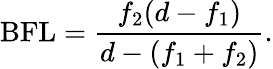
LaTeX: {\mathrm{BFL}}={\frac{f_{2}(d-f_{1})}{d-(f_{1}+f_{2})}}.